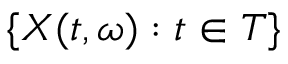
\{ X ( t , \omega ) : t \in T \}